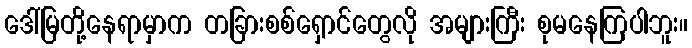
ဒေါ်မြတို့နေရာမှာက တခြားစစ်ရှောင်တွေလို အများကြီး စုမနေကြပါဘူး။